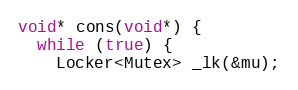
Language: C++
void* cons(void*) {
  while (true) {
    Locker<Mutex> _lk(&mu);